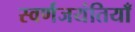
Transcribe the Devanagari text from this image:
स्वर्णजयंतियाँ